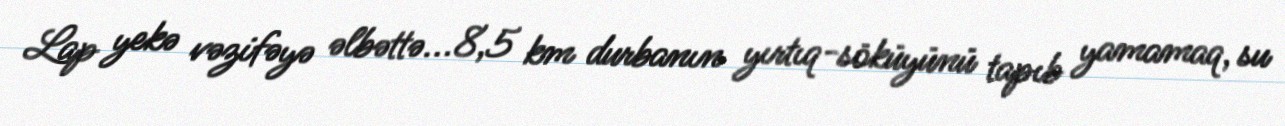
Lap yekə vəzifəyə əlbəttə...8,5 km durbanın yırtıq-söküyünü tapıb yamamaq, su